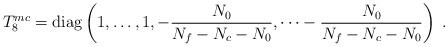
LaTeX: \begin{align*}T_8^{mc} = \mbox{diag} \left(1,\dots,1, -\frac{N_0}{N_f - N_c - N_0}, \dots -\frac{N_0}{N_f - N_c - N_0} \right)\;.\end{align*}